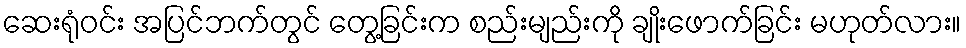
ဆေးရုံဝင်း အပြင်ဘက်တွင် တွေ့ခြင်းက စည်းမျည်းကို ချိုးဖောက်ခြင်း မဟုတ်လား။